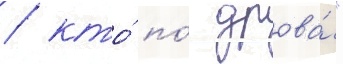
/ кто́ по́ дрова́"